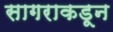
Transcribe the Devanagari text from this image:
सागराकडून